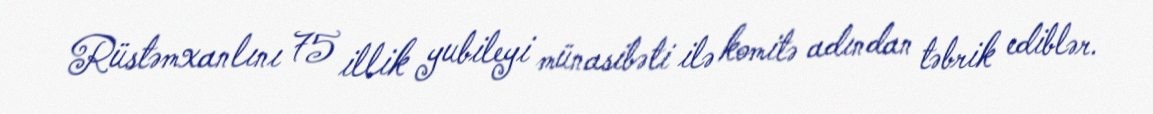
Rüstəmxanlını 75 illik yubileyi münasibəti ilə komitə adından təbrik ediblər.